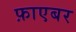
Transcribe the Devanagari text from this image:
फ़ाएबर